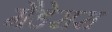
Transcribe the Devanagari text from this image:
मैडेसस